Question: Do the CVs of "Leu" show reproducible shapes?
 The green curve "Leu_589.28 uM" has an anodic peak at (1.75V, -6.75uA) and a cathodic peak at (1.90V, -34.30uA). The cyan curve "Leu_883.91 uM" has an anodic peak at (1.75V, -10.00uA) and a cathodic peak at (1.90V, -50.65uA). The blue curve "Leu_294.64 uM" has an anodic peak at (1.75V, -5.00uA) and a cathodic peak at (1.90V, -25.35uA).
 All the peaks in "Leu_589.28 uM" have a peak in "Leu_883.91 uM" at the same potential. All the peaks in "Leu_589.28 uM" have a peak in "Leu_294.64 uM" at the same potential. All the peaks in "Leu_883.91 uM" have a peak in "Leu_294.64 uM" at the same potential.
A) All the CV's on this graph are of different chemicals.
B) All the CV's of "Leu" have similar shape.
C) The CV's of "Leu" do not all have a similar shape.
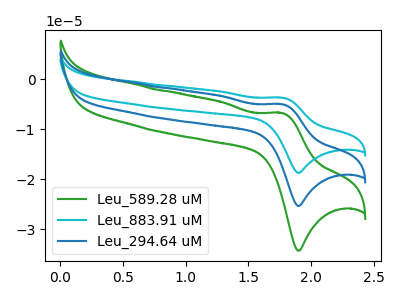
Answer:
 <answer>B) All the CV's of "Leu" have similar shape.</answer>
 <eval>B</eval>